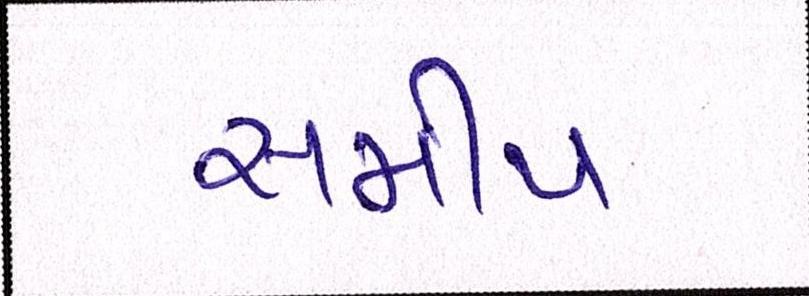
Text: સમીપ